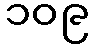
၁၀၉